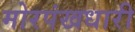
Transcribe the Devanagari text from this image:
मोरपंखधारी